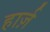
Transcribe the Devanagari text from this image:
हार्ज़